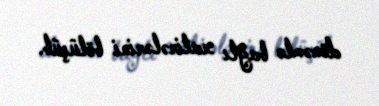
dönəmlə bağlı xatirələrini bölüşüb.